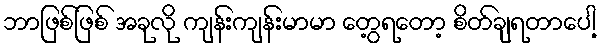
ဘာဖြစ်ဖြစ် အခုလို ကျန်းကျန်းမာမာ တွေ့ရတော့ စိတ်ချရတာပေါ့